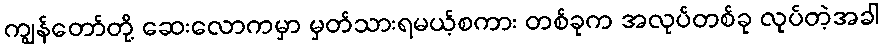
ကျွန်တော်တို့ ဆေးလောကမှာ မှတ်သားရမယ့်စကား တစ်ခုက အလုပ်တစ်ခု လုပ်တဲ့အခါ